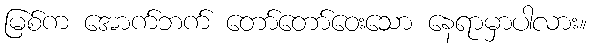
မြစ်က အောက်ဘက် တော်တော်ဝေးသော နေရာမှာပါလား။